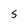
Character: S